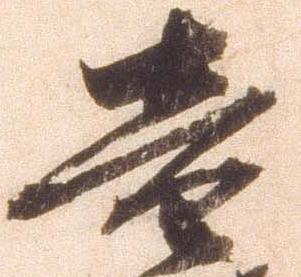
音